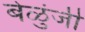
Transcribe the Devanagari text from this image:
बेळुंजी